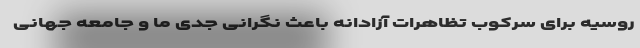
روسیه برای سرکوب تظاهرات آزادانه باعث نگرانی جدی ما و جامعه جهانی